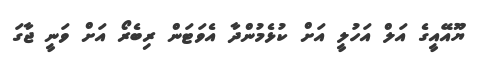
ޔޫއޭއީގެ އަލް އަހުލީ އަށް ކުޅެމުންދާ އެވަޓަން ރިބެރޯ އަށް ވަނީ ޖާގަ